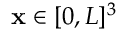
\mathbf x \in [ 0 , L ] ^ { 3 }